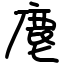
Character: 麀